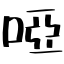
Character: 啞